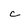
Character: c